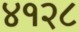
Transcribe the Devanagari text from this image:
४१२८